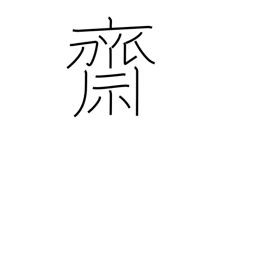
Meaning: religious purification